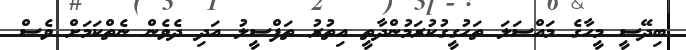
ބިދޭސީ މީހާގެ މައްސަލަ ތަހުގީގުކުރަމުންދާތީ އިތުރު ތަފްސީލު އަދި ދެވެން ނެތްކަމަށް ވެސް